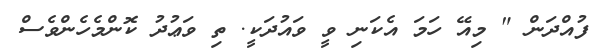
ފުއްދަން " މިއޭ ހަމަ އެކަނި ވީ ވައުދަކީ. ތި ވަޢުދު ކޮންމެހެންވެސް